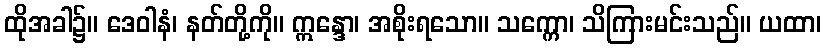
ထိုအခါ၌။ ဒေဝါနံ၊ နတ်တို့ကို။ ဣန္ဒော၊ အစိုးရသော။ သက္ကော၊ သိကြားမင်းသည်။ ယထာ၊